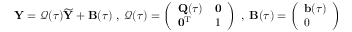
{ \mathbf Y } = \boldsymbol { \mathcal Q ( \tau ) } \widetilde { { \mathbf Y } } + { \mathbf B } ( \tau ) \; , \; \boldsymbol { \mathcal Q } ( \tau ) = \left( \begin{array} { l l } { { \mathbf Q } ( \tau ) } & { { \mathbf 0 } } \\ { { \mathbf 0 } ^ { { \mathrm T } } } & { 1 } \end{array} \right) \; , \; { \mathbf B } ( \tau ) = \left( \begin{array} { l } { { \mathbf b } ( \tau ) } \\ { 0 } \end{array} \right)